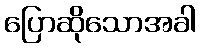
ပြောဆိုသောအခါ